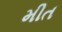
મીત